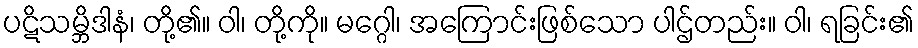
ပဋိသမ္ဘိဒါနံ၊ တို့၏။ ဝါ၊ တို့ကို။ မဂ္ဂေါ၊ အကြောင်းဖြစ်သော ပါဌ်တည်း။ ဝါ၊ ရခြင်း၏